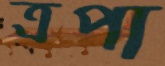
ত্রপা